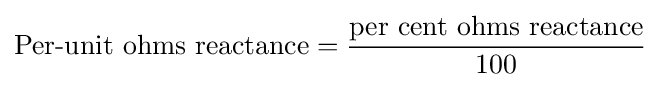
{\text{Per-unit ohms reactance}}={\frac {\text{per cent ohms reactance}}{100}}